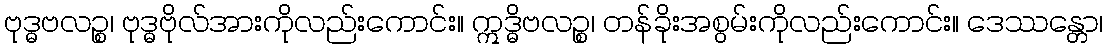
ဗုဒ္ဓဗလဉ္စ၊ ဗုဒ္ဓဗိုလ်အားကိုလည်းကောင်း။ ဣဒ္ဓိဗလဉ္စ၊ တန်ခိုးအစွမ်းကိုလည်းကောင်း။ ဒေဿန္တော၊